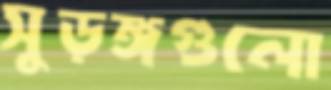
সুড়ঙ্গগুলো